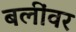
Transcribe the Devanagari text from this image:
बलींवर